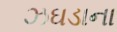
ઝઘડાના